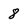
Character: 8